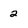
Character: 2